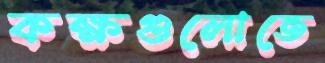
কক্ষগুলোতে